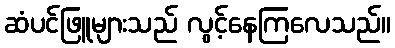
ဆံပင်ဖြူများသည် လွင့်နေကြလေသည်။